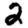
Digit: 2